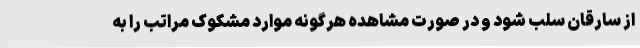
از سارقان سلب شود و در صورت مشاهده هرگونه موارد مشکوک مراتب را به